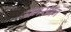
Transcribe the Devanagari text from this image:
यमसदन